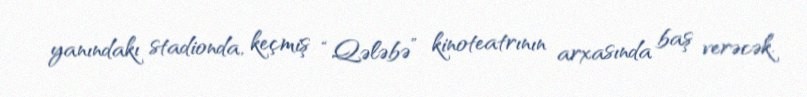
yanındakı stadionda, keçmiş “Qələbə” kinoteatrının arxasında baş verəcək.